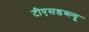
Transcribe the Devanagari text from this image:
टीएसडब्ल्यू